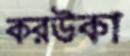
করউকা